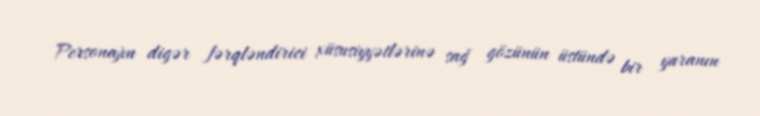
Personajın digər fərqləndirici xüsusiyyətlərinə sağ gözünün üstündə bir yaranın